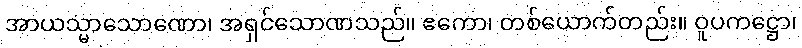
အာယသ္မာသောဏော၊ အရှင်သောဏသည်။ ဧကော၊ တစ်ယောက်တည်း။ ဝူပကဋ္ဌော၊